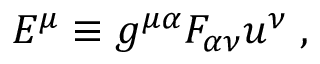
E ^ { \mu } \equiv g ^ { \mu \alpha } F _ { \alpha \nu } u ^ { \nu } \; ,